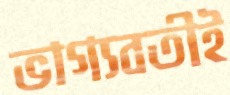
ভাগ্যবতীই